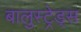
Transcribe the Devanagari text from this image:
बालुस्‍ट्रेड्स